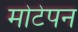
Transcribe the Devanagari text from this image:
मोटेपन